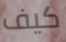
كيف